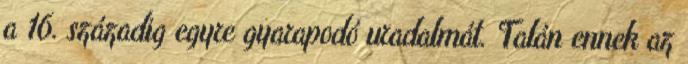
a 16. századig egyre gyarapodó uradalmát. Talán ennek az